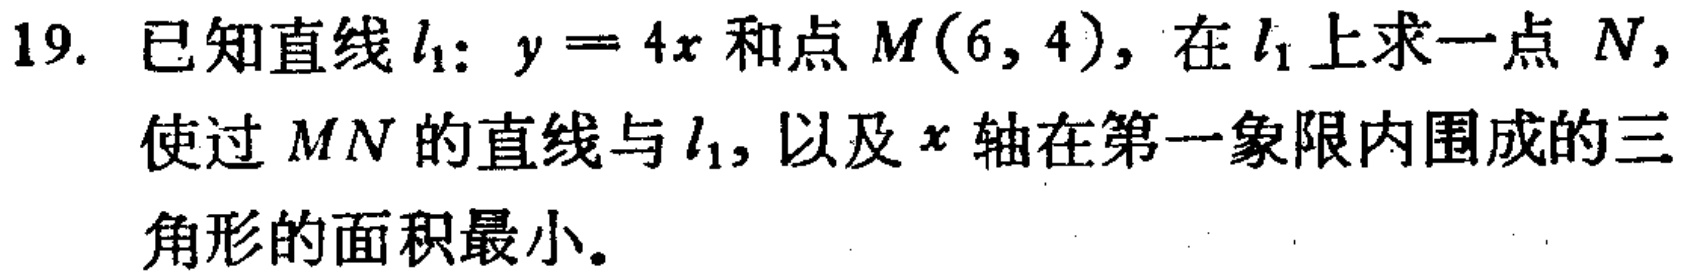
19. 已知直线\(l_{1}:y = 4x\)和点\(M(6,4)\)，在\(l_{1}\)上求一点 \(N\)，使过 \(MN\)的直线与\(l_{1}\)，以及\(x\)轴在第一象限内围成的三角形的面积最小。